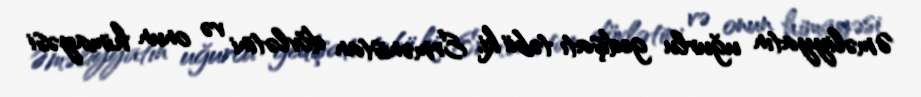
Əməliyyatın uğurlu gedişatı təbii ki, Ermənistan dövlətini və onun himayəsi